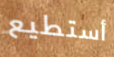
أستطيع